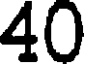
40